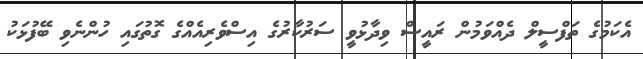
އެކަމުގެ ތަފްސީލް ދެއްވަމުން ރައީސް ވިދާޅުވީ ސަރުކާރުގެ އިސްވެރިއެއްގެ ގޮތުގައި ހުންނެވި ބޭފުޅަކު